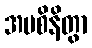
အပစိနိတွာ